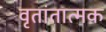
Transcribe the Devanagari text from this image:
वृतांतात्मक